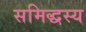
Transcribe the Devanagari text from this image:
समिद्धस्य